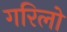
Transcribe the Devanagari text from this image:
गरिलो